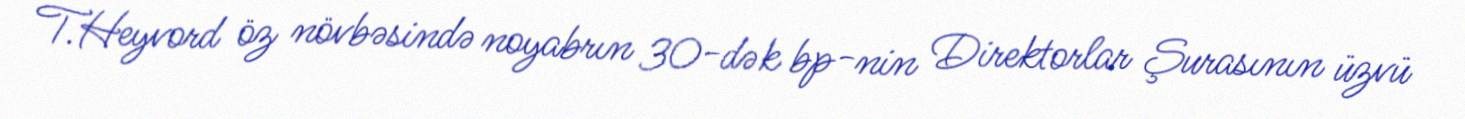
T.Heyvord öz növbəsində noyabrın 30-dək bp-nin Direktorlar Şurasının üzvü